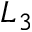
L _ { 3 }